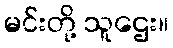
မင်းတို့ သူဌေး။